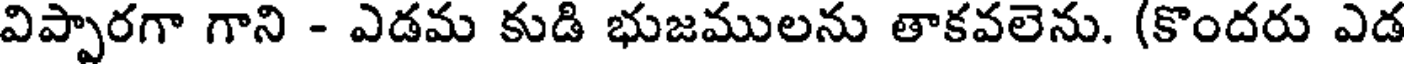
విప్పారగా గాని - ఎడమ కుడి భుజములను తాకవలెను. (కొందరు ఎడ